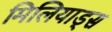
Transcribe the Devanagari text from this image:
मिलियाड्स